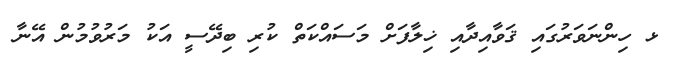
ޅ ހިންނަވަރުގައި ޤަވާއިދާއި ޚިލާފަށް މަސައްކަތް ކުރި ބިދޭސީ އަކު މަރުވުމުން އޭނާ